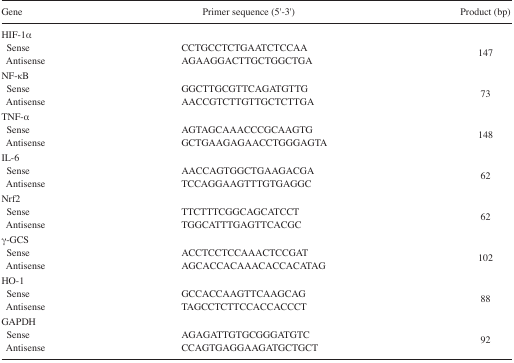
<table><thead><tr><td><b>Gene</b></td><td><b>Primer sequence (5′-3′)</b></td><td><b>Product (bp)</b></td></tr></thead><tbody><tr><td colspan="3">HIF-1α</td></tr><tr><td> Sense</td><td>CCTGCCTCTGAATCTCCAA</td><td>147</td></tr><tr><td> Antisense</td><td>AGAAGGACTTGCTGGCTGA</td><td></td></tr><tr><td colspan="3">NF-κB</td></tr><tr><td> Sense</td><td>GGCTTGCGTTCAGATGTTG</td><td>73</td></tr><tr><td> Antisense</td><td>AACCGTCTTGTTGCTCTTGA</td><td></td></tr><tr><td colspan="3">TNF-α</td></tr><tr><td> Sense</td><td>AGTAGCAAACCCGCAAGTG</td><td>148</td></tr><tr><td> Antisense</td><td>GCTGAAGAGAACCTGGGAGTA</td><td></td></tr><tr><td colspan="3">IL-6</td></tr><tr><td> Sense</td><td>AACCAGTGGCTGAAGACGA</td><td>62</td></tr><tr><td> Antisense</td><td>TCCAGGAAGTTTGTGAGGC</td><td></td></tr><tr><td colspan="3">Nrf2</td></tr><tr><td> Sense</td><td>TTCTTTCGGCAGCATCCT</td><td>62</td></tr><tr><td> Antisense</td><td>TGGCATTTGAGTTCACGC</td><td></td></tr><tr><td colspan="3">γ-GCS</td></tr><tr><td> Sense</td><td>ACCTCCTCCAAACTCCGAT</td><td>102</td></tr><tr><td> Antisense</td><td>AGCACCACAAACACCACATAG</td><td></td></tr><tr><td colspan="3">HO-1</td></tr><tr><td> Sense</td><td>GCCACCAAGTTCAAGCAG</td><td>88</td></tr><tr><td> Antisense</td><td>TAGCCTCTTCCACCACCCT</td><td></td></tr><tr><td colspan="3">GAPDH</td></tr><tr><td> Sense</td><td>AGAGATTGTGCGGGATGTC</td><td>92</td></tr><tr><td> Antisense</td><td>CCAGTGAGGAAGATGCTGCT</td><td></td></tr></tbody></table>